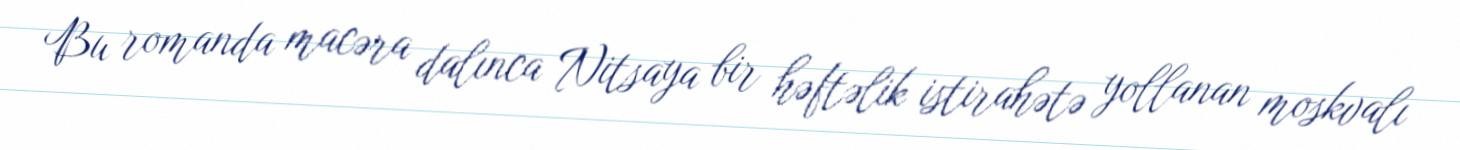
Bu romanda macəra dalınca Nitsaya bir həftəlik istirahətə yollanan moskvalı